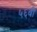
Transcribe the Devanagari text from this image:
५६बी